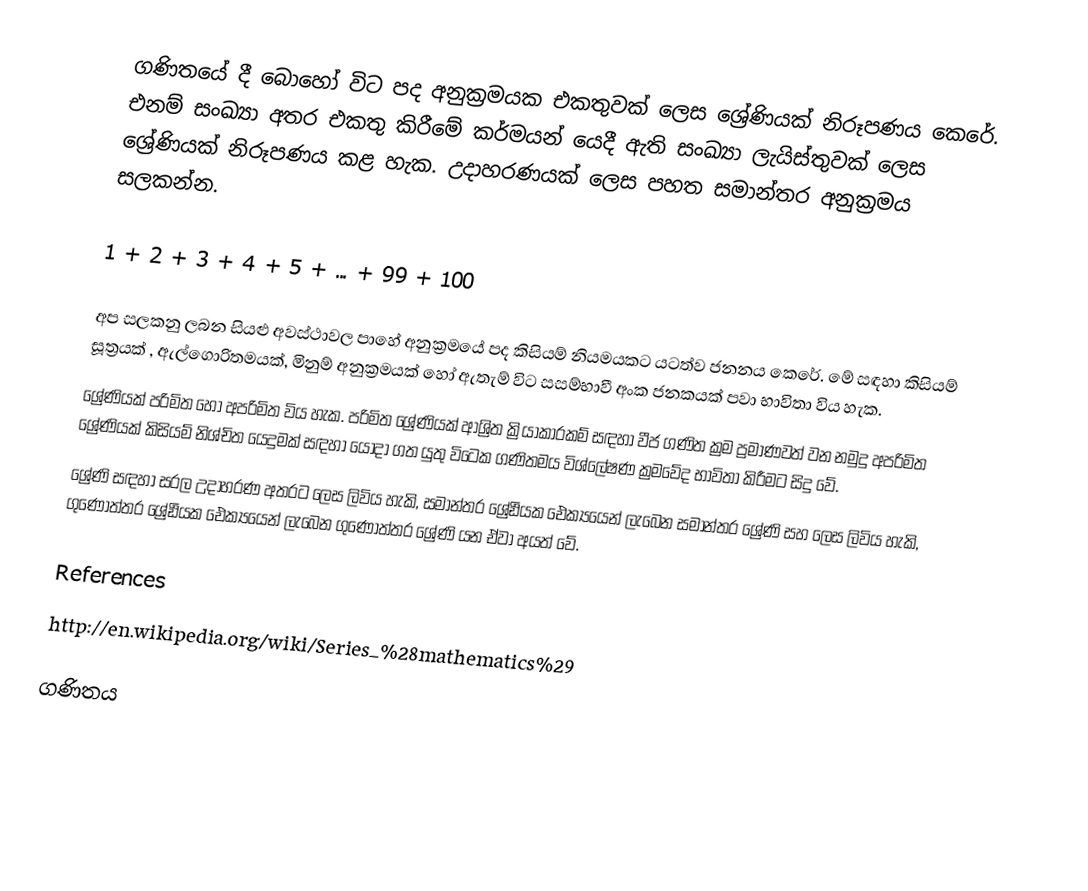
ගණිතයේ දී බොහෝ විට පද අනුක්‍රමයක එකතුවක් ලෙස ශ්‍රේණියක් නිරූපණය කෙරේ. එනම් සංඛ්‍යා අතර එකතු කිරීමේ කර්මයන් යෙදී ඇති සංඛ්‍යා ලැයිස්තුවක් ලෙස ශ්‍රේණියක් නිරූපණය කළ හැක. උදාහරණයක් ලෙස පහත සමාන්තර අනුක්‍රමය ‍සලකන්න.

1 + 2 + 3 + 4 + 5 + ... + 99 + 100

අප සලකනු ලබන සියළු අවස්ථාවල පාහේ අනුක්‍රමයේ පද කිසියම් නියමයකට යටත්ව ජනනය කෙරේ. මේ සඳහා කිසියම් සූත්‍රයක් , ඇල්ගොරිතමයක්, මිනුම් අනුක්‍රමයක් හෝ ඇතැම් විට සසම්භාවී අංක ජනකයක් පවා භාවිතා විය හැක.
ශ්‍රේණියක් පරිමිත හෝ අපරිමිත විය හැක. පරිමිත ශ්‍රේණියක් ආශ්‍රිත ක්‍රියාකාරකම් සඳහා වීජ ගණිත ක්‍රම ප්‍රමාණවත් වන නමුදු අපරිමිත ශ්‍රේණියක් කිසියම් නිශ්චිත යෙදුමක් සඳහා යොදා ගත යුතු විටෙක ගණිතමය විශ්ලේෂණ ක්‍රමවේද භාවිතා කිරීමට සිදු වේ.
ශ්‍රේණි සඳහා සරල උදාහරණ අතරට  ලෙස ලිවිය හැකි, සමාන්තර ශ්‍රේඪියක ඓක්‍යයෙන් ලැබෙන සමාන්තර ශ්‍රේණි සහ  ලෙස ලිවිය හැකි, ගුණෝත්තර ශ්‍රේඪියක ඓක්‍යයෙන් ලැබෙන ගුණෝත්තර ශ්‍රේණි යන ඒවා අයත් වේ.

References
http://en.wikipedia.org/wiki/Series_%28mathematics%29

ගණිතය